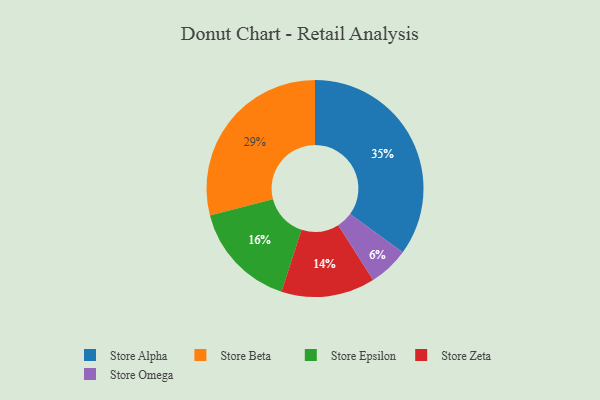
{"axis": {"x": "Category", "y": "Percentage"}, "legend": ["Store Alpha", "Store Beta", "Store Epsilon", "Store Omega", "Store Zeta"], "data": [{"x": "Store Beta", "y": 29, "type": "Store Beta"}, {"x": "Store Epsilon", "y": 16, "type": "Store Epsilon"}, {"x": "Store Alpha", "y": 35, "type": "Store Alpha"}, {"x": "Store Omega", "y": 6, "type": "Store Omega"}, {"x": "Store Zeta", "y": 14, "type": "Store Zeta"}]}